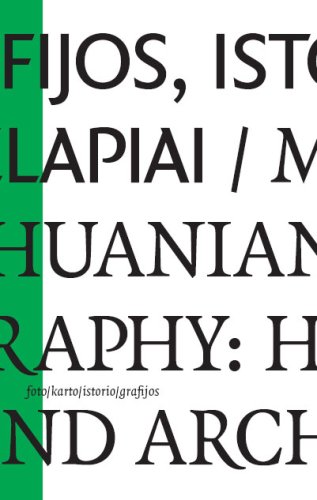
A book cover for Mapping Lithuanian Photography: Histories and Archives; Vytautas Michelkevicius; Travel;